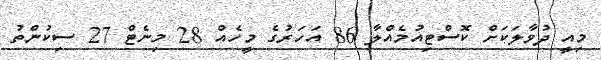
މިއީ ދުވާލަކަށް ކޮސްޓިއުމެއްލާ 86 އަހަރުގެ މީހެއް 28 މިނެޓް 27 ސިކުންތު